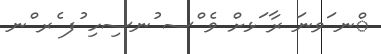
ްނ ަވނަ ރާ ަޅށް ވެ ްސ ުނސިހި ުފ ެރ ްނ